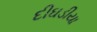
દીઘડીયા